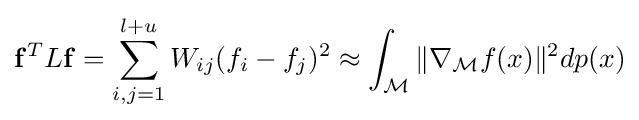
\mathbf {f} ^{T}L\mathbf {f} =\displaystyle \sum _{i,j=1}^{l+u}W_{ij}(f_{i}-f_{j})^{2}\approx \int _{\mathcal {M}}\|\nabla _{\mathcal {M}}f(x)\|^{2}dp(x)